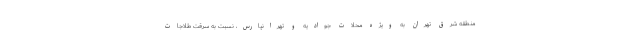
منطقه شرق تهران به ویژه محلات جوادیه و تهرانپارس، نسبت به سرقت طلاجات